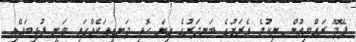
ފޭދޫ ރައްޔިތުން ނިކުމެ އެރަށުގެ ބަނދަރުގެ ގިނަ ހޮޅި ދަނޑިތަކެއްގައި ވަނީ ފުޅިބައްތި